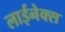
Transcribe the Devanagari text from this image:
लाईनेक्स